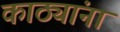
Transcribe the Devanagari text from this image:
काठ्यांना